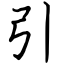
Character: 引